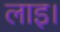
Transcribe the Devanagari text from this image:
लाइ।